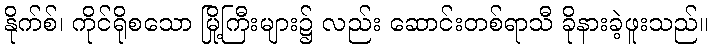
နိုက်စ်၊ ကိုင်ရိုစသော မြို့ကြီးများ၌ လည်း ဆောင်းတစ်ရာသီ ခိုနားခဲ့ဖူးသည်။